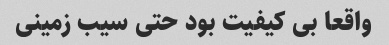
واقعا بی کیفیت بود حتی سیب زمینی